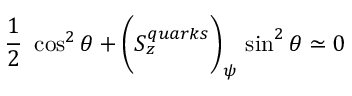
{ \frac { 1 } { 2 } } ~ \cos ^ { 2 } \theta + \biggl ( S _ { z } ^ { q u a r k s } \biggl ) _ { \psi } ~ \sin ^ { 2 } \theta \simeq 0